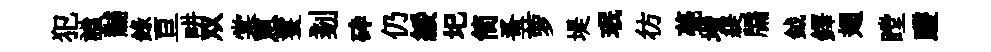
犯謐黼錄亘畊双棠罳鬟剗砕仍綏圯简蚤萝堤珉彷甍堦緹牖鉞鐸翅瞠躞